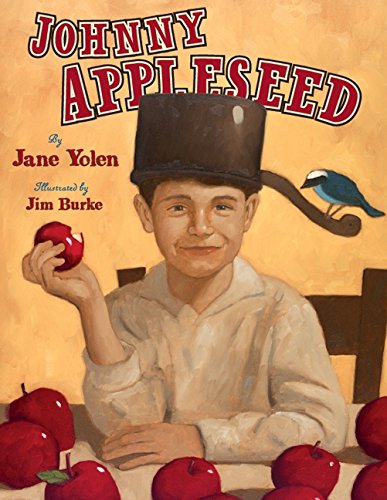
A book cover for Johnny Appleseed: The Legend and the Truth; Jane Yolen; Children's Books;